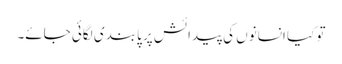
تو کیا انسانوں کی پیدائش پر پابندی لگائی جائے۔